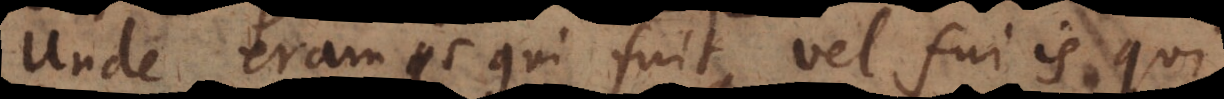
Unde eram is qui fuit, vel fui is qui